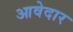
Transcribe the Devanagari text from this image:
आवेदार